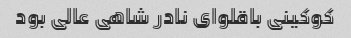
کوکینی باقلوای نادر شاهی عالی بود